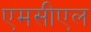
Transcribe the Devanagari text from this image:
एमसीएल